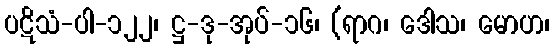
ပဋိသံ-ပါ-၁၂၂၊ ဋ္ဌ-ဒု-အုပ်-၁၆၊ (ရာဂ၊ ဒေါသ၊ မောဟ၊